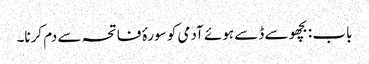
باب : بچھو سے ڈسے ہوئے آدمی کو سورۂ فاتحہ سے دم کرنا۔